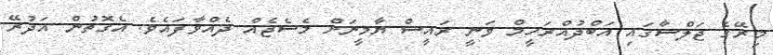
މިރޭގެ ޖަލްސާގައި އަބްދުއްރަހީމް ވަނީ ރައީސް ޔާމީނަށް މެސެޖެއް ދެއްވާފައެވެ. އެގޮތުން އަދުރޭ